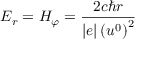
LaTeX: E _ { r } = H _ { \varphi } = \frac { 2 c \hbar r } { \left| e \right| \left( u ^ { 0 } \right) ^ { 2 } }